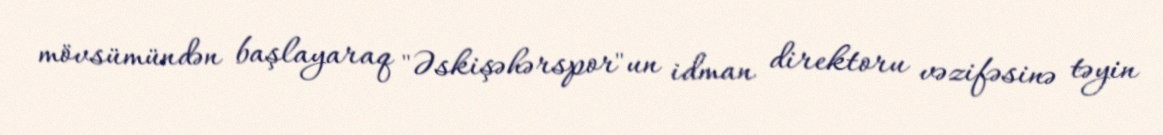
mövsümündən başlayaraq "Əskişəhərspor"un idman direktoru vəzifəsinə təyin